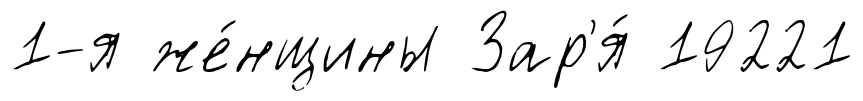
1-я же́нщины Зар'я́ 19221